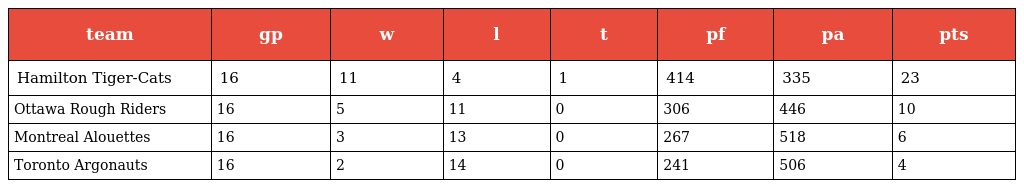
| team | gp | w | l | t | pf | pa | pts |
 | --- | --- | --- | --- | --- | --- | --- | --- |
 | Hamilton Tiger-Cats | 16 | 11 | 4 | 1 | 414 | 335 | 23 |
 | Ottawa Rough Riders | 16 | 5 | 11 | 0 | 306 | 446 | 10 |
 | Montreal Alouettes | 16 | 3 | 13 | 0 | 267 | 518 | 6 |
 | Toronto Argonauts | 16 | 2 | 14 | 0 | 241 | 506 | 4 |